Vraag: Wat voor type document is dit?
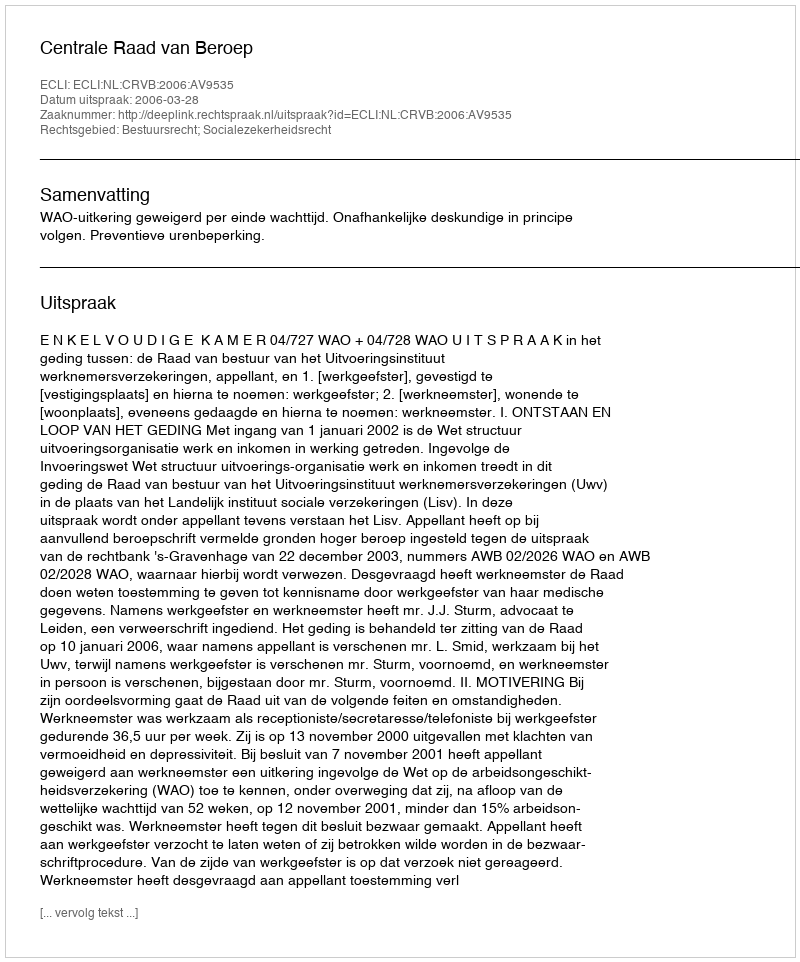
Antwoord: Uitspraak